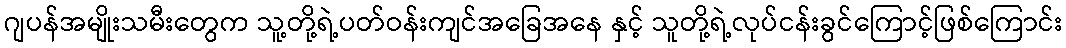
ဂျပန်အမျိုးသမီးတွေက သူ့တို့ရဲ့ပတ်ဝန်းကျင်အခြေအနေ နှင့် သူတို့ရဲ့လုပ်ငန်းခွင်ကြောင့်ဖြစ်ကြောင်း